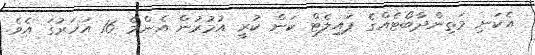
އެކަނި މަތިންދާބޯޓެއްގެ ޕައިލެޓް ކަން ކުރީ އުމުރުން އެންމެ 16 އަހަރުގަ އެވެ.